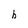
Character: h